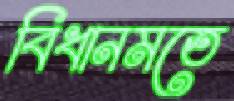
বিধানমতে